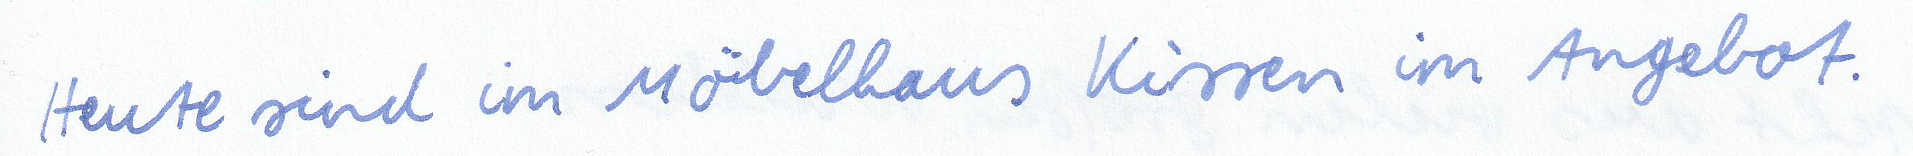
Heute sind im Möbelhaus Kissen im Angebot.